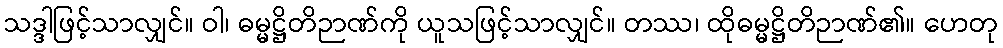
သဒ္ဒါဖြင့်သာလျှင်။ ဝါ၊ ဓမ္မဋ္ဌိတိဉာဏ်ကို ယူသဖြင့်သာလျှင်။ တဿ၊ ထိုဓမ္မဋ္ဌိတိဉာဏ်၏။ ဟေတု